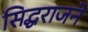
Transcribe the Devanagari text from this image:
सिद्धराजने